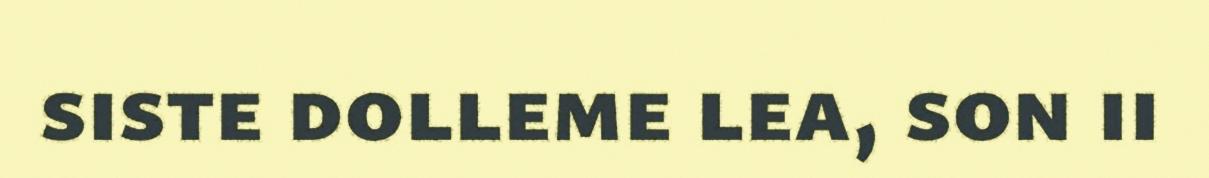
siste dolleme lea, son ii